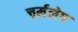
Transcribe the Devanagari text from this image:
चर्मलेप